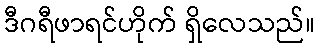
ဒီဂရီဖာရင်ဟိုက် ရှိလေသည်။